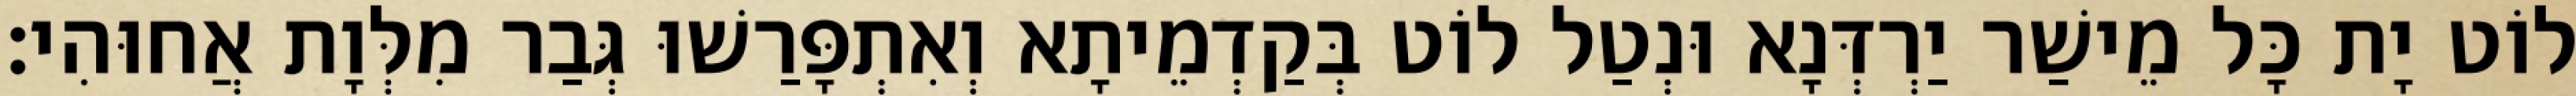
לוֹט יָת כָּל מֵישַׁר יַרְדְּנָא וּנְטַל לוֹט בְּקַדְמֵיתָא וְאִתְפָּרַשׁוּ גְּבַר מִלְּוָת אֲחוּהִי׃